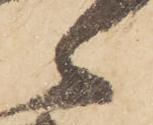
々